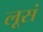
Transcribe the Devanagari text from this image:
लूसं